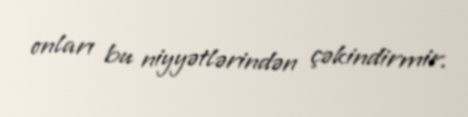
onları bu niyyətlərindən çəkindirmir.